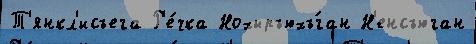
Т'янкл'исъега Р'е́чка Нохыръюхъ́ган Н'енсъюган